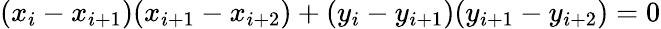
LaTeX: (x_{i}-x_{i+1})(x_{i+1}-x_{i+2})+(y_{i}-y_{i+1})(y_{i+1}-y_{i+2})=0